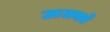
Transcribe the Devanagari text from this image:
ऊतको